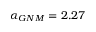
\alpha _ { G N M } = 2 . 2 7